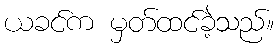
ယခင်က မှတ်ထင်ခဲ့သည်။